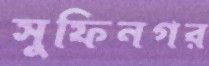
সুফিনগর